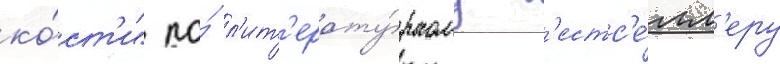
ко́ст'и" по́ л'ит'ерату́рному б'естс'е́лл'еру